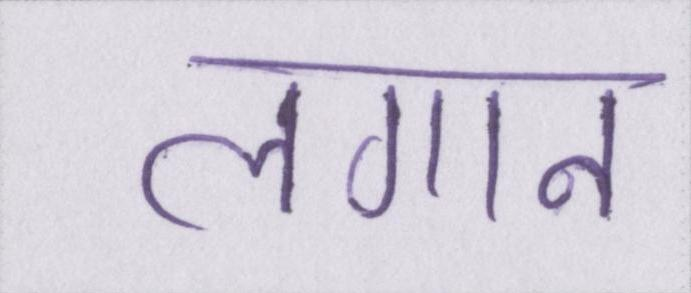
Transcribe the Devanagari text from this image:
लगान